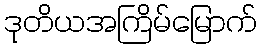
ဒုတိယအကြိမ်မြောက်